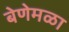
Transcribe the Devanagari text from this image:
बेणेमळा